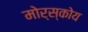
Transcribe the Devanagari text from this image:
मोर्स्कोय